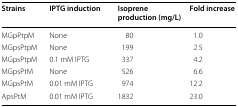
<table><thead><tr><td><b>Strains</b></td><td><b>IPTG induction</b></td><td><b>Isoprene production (mg/L)</b></td><td><b>Fold increase</b></td></tr></thead><tbody><tr><td>MGpPtpM</td><td>None</td><td>80</td><td>1.0</td></tr><tr><td>MGpsPtpM</td><td>None</td><td>199</td><td>2.5</td></tr><tr><td>MGpsPtpM</td><td>0.1 mM IPTG</td><td>337</td><td>4.2</td></tr><tr><td>MGpsPtM</td><td>None</td><td>526</td><td>6.6</td></tr><tr><td>MGpsPtM</td><td>0.01 mM IPTG</td><td>974</td><td>12.2</td></tr><tr><td>ApsPtM</td><td>0.01 mM IPTG</td><td>1832</td><td>23.0</td></tr></tbody></table>